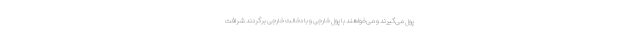
پول می‌گیرند و می‌خواهند با پول خارجی و با دخالت خارجی برگردند شرافت